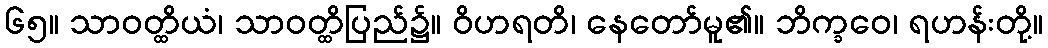
၆၅။ သာဝတ္ထိယံ၊ သာဝတ္ထိပြည်၌။ ဝိဟရတိ၊ နေတော်မူ၏။ ဘိက္ခဝေ၊ ရဟန်းတို့။